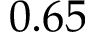
0 . 6 5